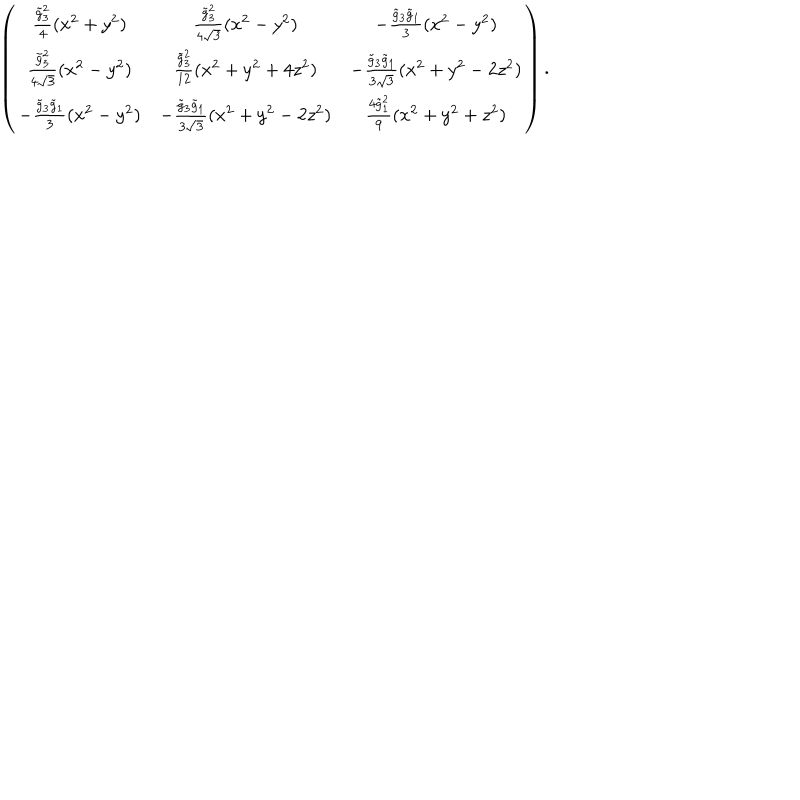
\left( \begin{array} { c c c } { { \frac { \tilde { g } _ { 3 } ^ { 2 } } { 4 } ( x ^ { 2 } + y ^ { 2 } ) } } & { { \frac { \tilde { g } _ { 3 } ^ { 2 } } { 4 \sqrt { 3 } } ( x ^ { 2 } - y ^ { 2 } ) } } & { { - \frac { \tilde { g } _ { 3 } \tilde { g } _ { 1 } } { 3 } ( x ^ { 2 } - y ^ { 2 } ) } } \\ { { \frac { \tilde { g } _ { 3 } ^ { 2 } } { 4 \sqrt { 3 } } ( x ^ { 2 } - y ^ { 2 } ) } } & { { \frac { \tilde { g } _ { 3 } ^ { 2 } } { 1 2 } ( x ^ { 2 } + y ^ { 2 } + 4 z ^ { 2 } ) } } & { { - \frac { \tilde { g } _ { 3 } \tilde { g } _ { 1 } } { 3 \sqrt { 3 } } ( x ^ { 2 } + y ^ { 2 } - 2 z ^ { 2 } ) } } \\ { { - \frac { \tilde { g } _ { 3 } \tilde { g } _ { 1 } } { 3 } ( x ^ { 2 } - y ^ { 2 } ) } } & { { - \frac { \tilde { g } _ { 3 } \tilde { g } _ { 1 } } { 3 \sqrt { 3 } } ( x ^ { 2 } + y ^ { 2 } - 2 z ^ { 2 } ) } } & { { \frac { 4 \tilde { g } _ { 1 } ^ { 2 } } { 9 } ( x ^ { 2 } + y ^ { 2 } + z ^ { 2 } ) } } \\ \end{array} \right) .